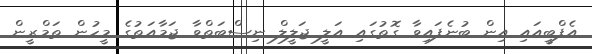
އެފްބީއައި އިން ބުނެފައިވާ ގޮތުގައި އަލީ ޖަލީލް ނިސްބަތްވާ ޖަމާއަތުގެ މީހުން ތަމްރީން